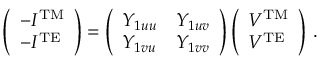
\left( \begin{array} { l } { - I ^ { \mathrm { T M } } } \\ { - I ^ { \mathrm { T E } } } \end{array} \right) = \left( \begin{array} { l l } { Y _ { 1 u u } } & { Y _ { 1 u v } } \\ { Y _ { 1 v u } } & { Y _ { 1 v v } } \end{array} \right) \left( \begin{array} { l } { V ^ { \mathrm { T M } } } \\ { V ^ { \mathrm { T E } } } \end{array} \right) \, .